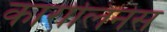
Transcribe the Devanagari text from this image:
कारोलिनेस